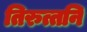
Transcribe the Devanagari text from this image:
तिरुत्तनि